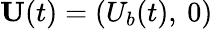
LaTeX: \textit{\textbf{U}}(t)=(U_{b}(t),\: 0)